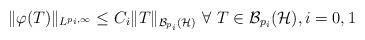
LaTeX: \begin{align*} \|\varphi(T)\|_{L^{p_i,\infty}}\leq C_i \|T\|_{\mathcal{B}_{p_i}(\mathcal{H})}\ \forall\ T\in\mathcal{B}_{p_i}(\mathcal{H}), i=0,1 \end{align*}